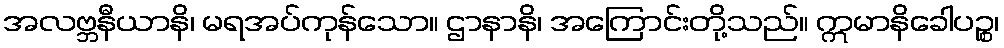
အလဗ္ဘနီယာနိ၊ မရအပ်ကုန်သော။ ဌာနာနိ၊ အကြောင်းတို့သည်။ ဣမာနိခေါပဉ္စ၊